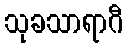
သုခသာရာဂီ